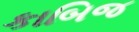
કાબિજ